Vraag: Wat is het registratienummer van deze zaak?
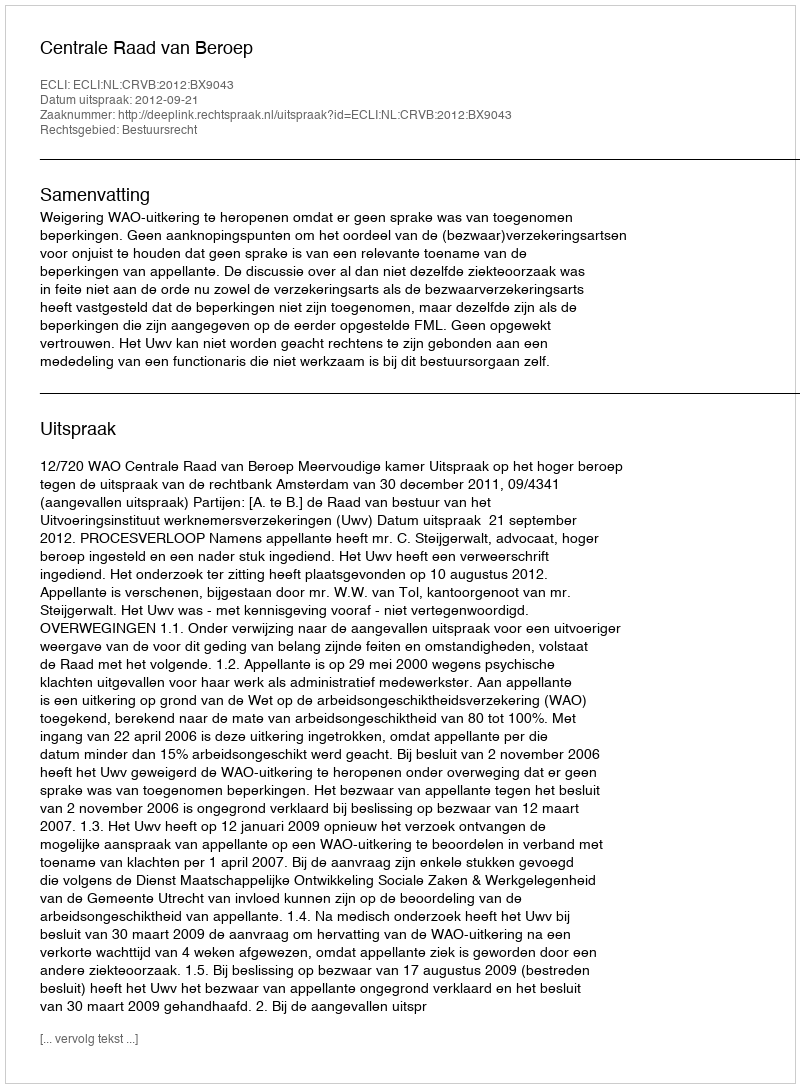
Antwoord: http://deeplink.rechtspraak.nl/uitspraak?id=ECLI:NL:CRVB:2012:BX9043